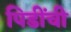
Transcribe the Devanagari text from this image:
पिडींची